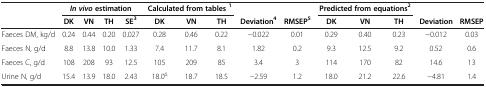
|  | <COLSPAN=4> In vivo estimation | <COLSPAN=3> Calculated from tables 1 |  |  | <COLSPAN=3> Predicted from equations2 |  |  |
 |  | DK | VN | TH | SE3 | DK | VN | TH | Deviation4 | RMSEP5 | DK | VN | TH | Deviation | RMSEP |
 | --- | --- | --- | --- | --- | --- | --- | --- | --- | --- | --- | --- | --- | --- | --- |
 | Faeces DM, kg/d | 0.24 | 0.44 | 0.20 | 0.027 | 0.28 | 0.46 | 0.22 | -0.022 | 0.01 | 0.29 | 0.40 | 0.23 | -0.012 | 0.03 |
 | Faeces N, g/d | 8.8 | 13.8 | 10.0 | 1.33 | 7.4 | 11.7 | 8.1 | 1.82 | 0.2 | 9.3 | 12.5 | 9.2 | 0.52 | 0.6 |
 | Faeces C, g/d | 108 | 208 | 93 | 12.5 | 105 | 209 | 85 | 3.4 | 3 | 114 | 170 | 82 | 14.6 | 13 |
 | Urine N, g/d | 15.4 | 13.9 | 18.0 | 2.43 | 18.06 | 18.7 | 18.5 | -2.59 | 1.2 | 18.0 | 21.2 | 22.6 | -4.81 | 1.4 |